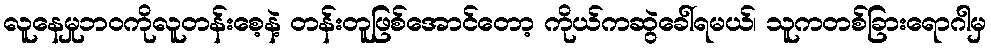
လူနေမှုဘဝကိုလူတန်းစေ့နဲ့ တန်းတူဖြစ်အောင်တော့ ကိုယ်ကဆွဲခေါ်ရမယ်၊ သူကတစ်ခြားရောဂါမှ